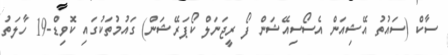
ސާކް (ސައުތު އޭޝިއަން އެސޯސިއޭޝަން ފޯ ރީޖަނަލް ކޯޕަރޭޝަން) ގައުމުތަކުގައި ކޮވިޑް-19 ހާލަތު